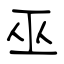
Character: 巫